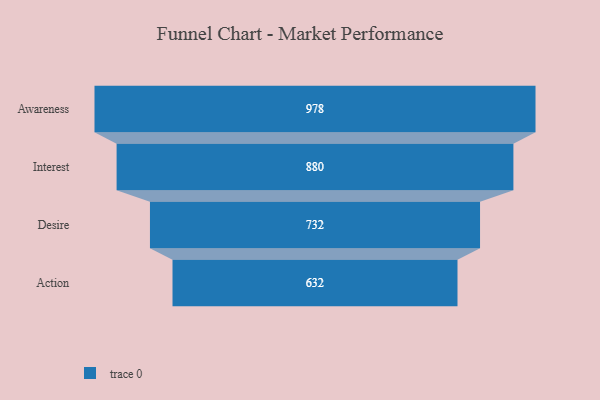
{"axis": {"x": "Stage", "y": "Value"}, "legend": [""], "data": [{"x": "Awareness", "y": 978.0, "type": ""}, {"x": "Interest", "y": 880.0, "type": ""}, {"x": "Desire", "y": 732.0, "type": ""}, {"x": "Action", "y": 632.0, "type": ""}]}